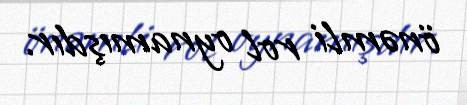
önəmli rol oynamışdır.